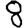
Digit: 8